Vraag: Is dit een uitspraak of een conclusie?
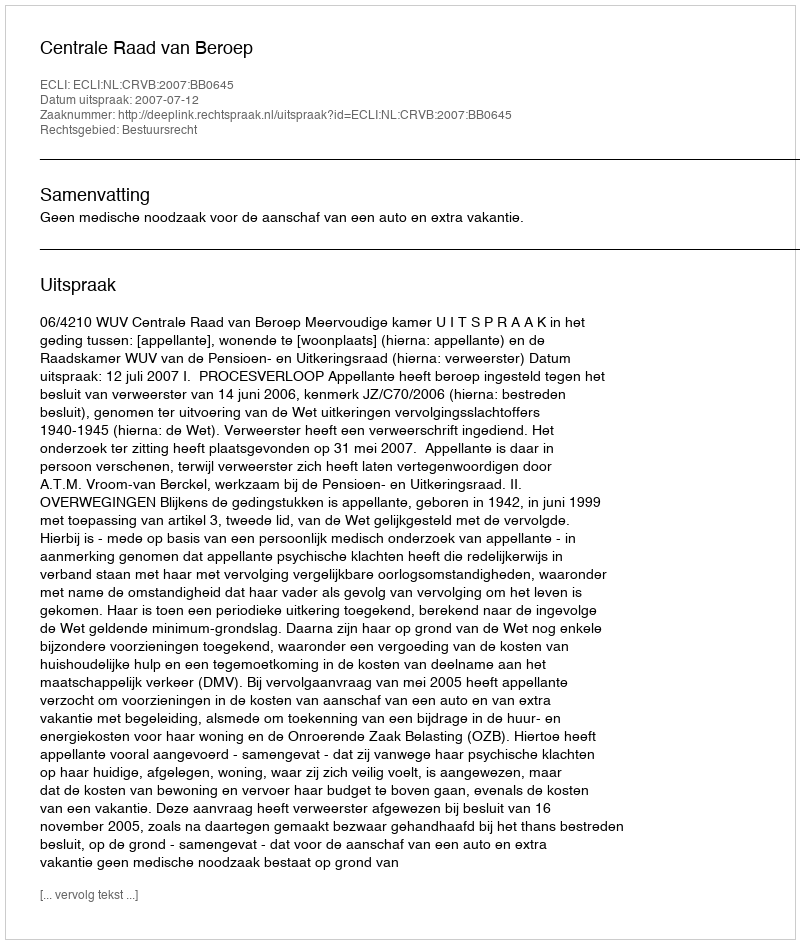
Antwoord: Uitspraak